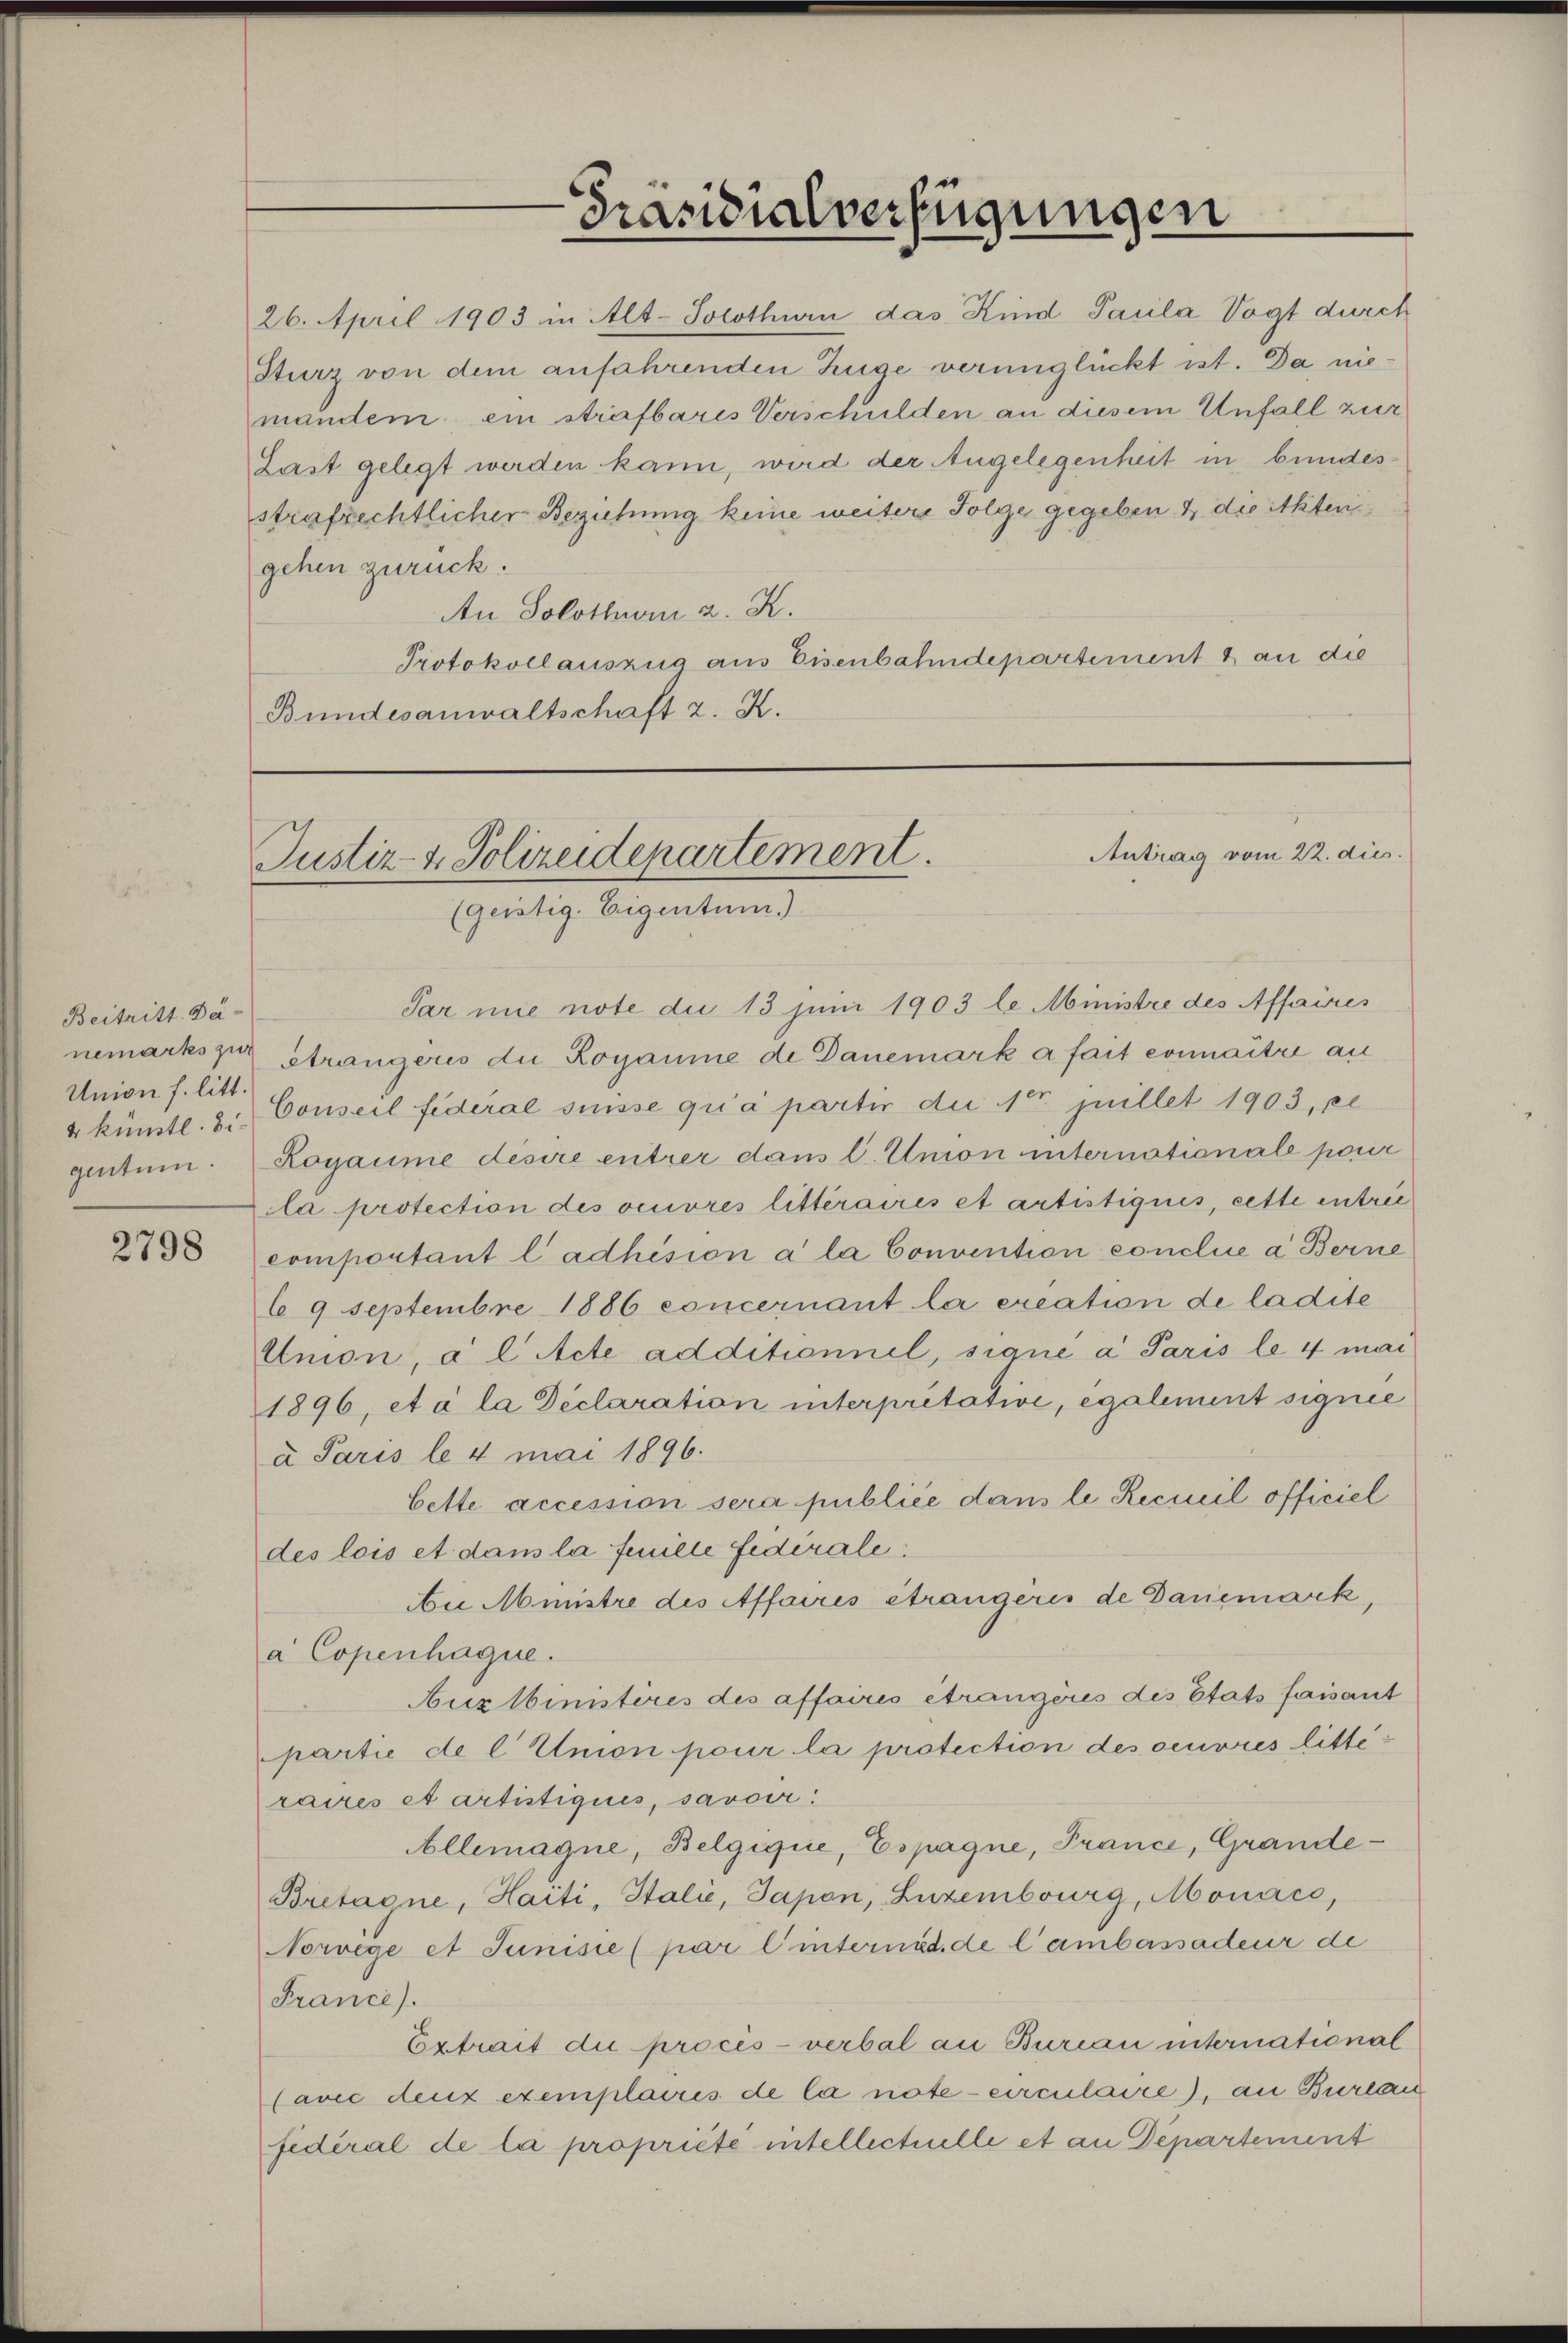
Beitritt. Da-
nemarks zur
Union f. litt.
gentum.

2798

26. April 1903 in Alt-Solothurn das Kind Paula Vogt durch
Sturz von dem anfahrenden Züge verunglückt ist. Da niemandem ein strafbares Verschulden an diesem Unfall zur
Last gelegt werden kann, wird der Angelegenheit in bundesstrafrechtlicher Beziehung keine weitere Folge gegeben & die itten
gehen zurück.
An Solothur z. K.
Protokollauszug aus Eisenbahndepartement & an die
Bundesanwaltschaft 2. K.

Präsidialverfügungen

Antrag vom 22. dies
Justiz- & Polizeidepartement.
(geistig. Eigentum.)

Par nie note die 13 juni 1903 le Ministre des Affaires
Strangoris die Kogaume de Danemark a fait connaitre au
4 künstl. 3. Conseil fideral süsse qu’à partir die er juillet 1903, pe
Kogaume désire entrer dan C. Union internationale pour
la protection des oeuvres litteraires et artistiguis, cette entrie
comportant l’adhision a la Convention concluce a Berne
b 9 Septembre 1886 concernant la creation de la dite
Union, a l Acte additionnel, signe a Paris le 4 mai
1896, et à la Déclaration interpretative, également signie
a Paris le 4 mai 1896.
bette accession sera publiée dans le Recueil officiel
des lois et dans la feuille fidérale
Au Ministre des Affaires étrangères de Daniemark,
a Copenhaque.
Nuzlbinisteres des affaires étrangères des Etats faisant
partie de l Union pour la protection des oeuvres litte
raires et artistiquis, savoir.
Allemagne, Belgique, Espagne, France, Grande¬
Bretagne, Haiti, Italie, Tapon, Luzembourg, Monaco,
Norwege et Junisie (par l’internd de l’ambassadeur de
France).
Extrait die procès-verbal an Bureau international
(avec deux exemplacus de la note - eirculaire), an Burlau
fédéral de la propriété intellectuelle et an Departement